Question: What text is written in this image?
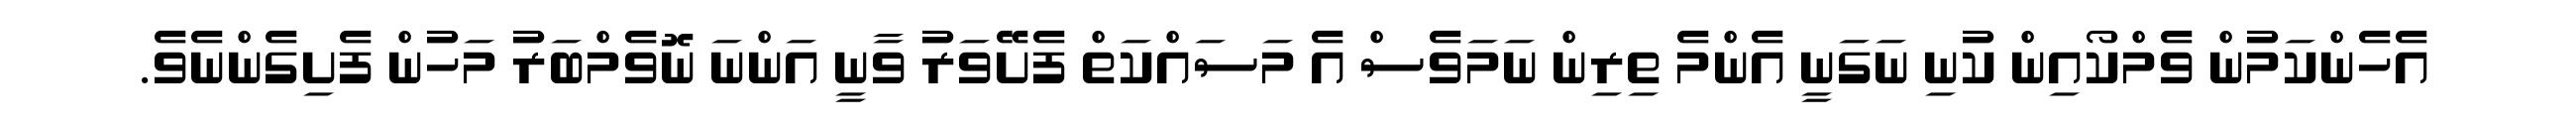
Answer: އެހެންކަމުން ވެމްކޯއިން ކުނި ނަގަނީ އެންމެ ތިރިން ނަމަވެސް އެ މަސައްކަތް ފެށޭވަރު ވާނީ އަންނަ ނޮވެމްބަރު މަހުން ފެށިގެންނެވެ.